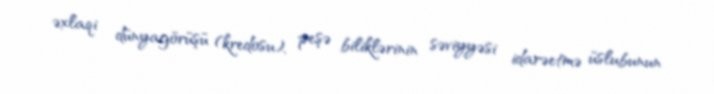
əxlaqi dünyagörüşü (kredosu), peşə biliklərinin səviyyəsi idarəetmə üslubunun